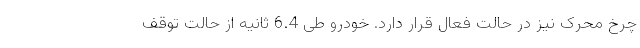
چرخ محرک نیز در حالت فعال قرار دارد. خودرو طی 6.4 ثانیه از حالت توقف